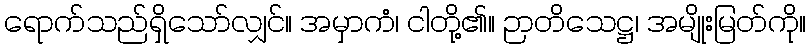
ရောက်သည်ရှိသော်လျှင်။ အမှာကံ၊ ငါတို့၏။ ဉာတိသေဋ္ဌ၊ အမျိုးမြတ်ကို။